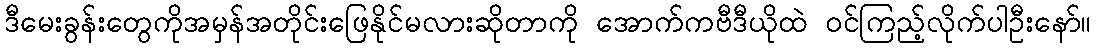
ဒီမေးခွန်းတွေကိုအမှန်အတိုင်းဖြေနိုင်မလားဆိုတာကို အောက်ကဗီဒီယိုထဲ ဝင်ကြည့်လိုက်ပါဦးနော်။